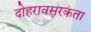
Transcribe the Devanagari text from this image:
दोहरावसरकता